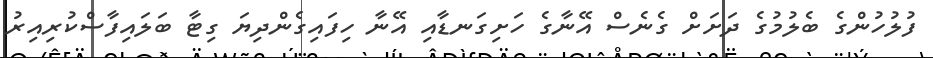
ފުލުހުންގެ ބެލުމުގެ ދަށަށް ގެނެސް އޭނާގެ ހަށިގަނޑާއި އޭނާ ހިފައިގެންދިޔަ ގިޓާ ބަލައިފާސްކުރިއިރު